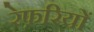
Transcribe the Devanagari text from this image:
रेफ़रियों